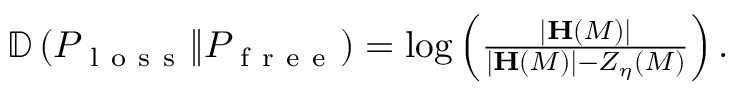
\begin{array} { r } { \mathbb { D } \left( P _ { \mathrm { ~ l ~ o ~ s ~ s ~ } } \Vert P _ { \mathrm { ~ f ~ r ~ e ~ e ~ } } \right) = \log \left( \frac { \vert \mathbf { H } \left( M \right) \vert } { \vert \mathbf { H } \left( M \right) \vert - Z _ { \eta } \left( M \right) } \right) . } \end{array}